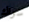
سواك